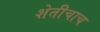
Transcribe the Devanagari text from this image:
शेतीचाच